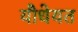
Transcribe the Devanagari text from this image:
यौधेयत